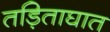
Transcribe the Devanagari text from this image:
तड़िताघात